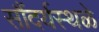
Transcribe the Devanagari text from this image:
सौंदर्यस्थळे